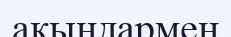
ақындармен